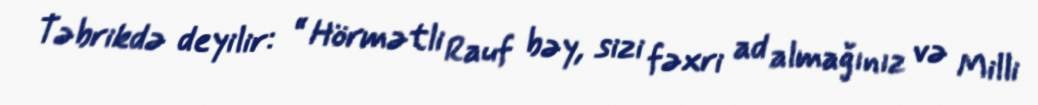
Təbrikdə deyilir: “ Hörmətli Rauf bəy, sizi fəxri ad almağınız və Milli